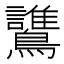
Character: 𪇻